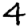
Digit: 4